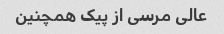
عالی مرسی از پیک همچنین